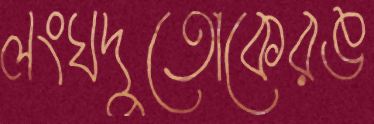
লংঘদুতোকেরঙ